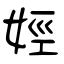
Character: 娙